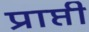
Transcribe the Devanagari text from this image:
प्राप्ती